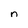
Character: n